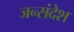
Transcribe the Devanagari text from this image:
जन्संदेश